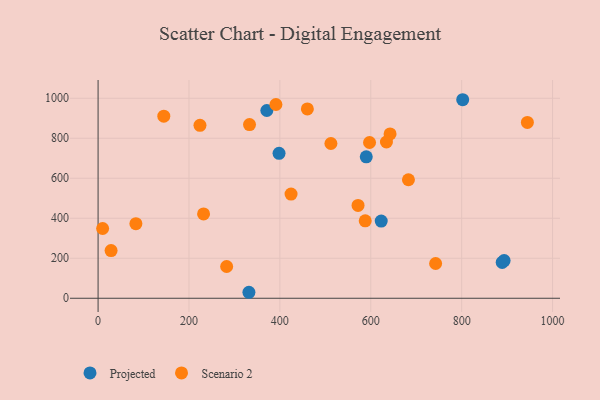
{"axis": {"x": "Ad Spend", "y": "Rating"}, "legend": ["Projected", "Scenario 2"], "data": [{"x": "889.2", "y": 179.3, "type": "Projected"}, {"x": "590.1", "y": 707.4, "type": "Projected"}, {"x": "623.0", "y": 385.8, "type": "Projected"}, {"x": "893.4", "y": 188.3, "type": "Projected"}, {"x": "371.3", "y": 939.0, "type": "Projected"}, {"x": "398.2", "y": 724.9, "type": "Projected"}, {"x": "331.9", "y": 29.9, "type": "Projected"}, {"x": "802.3", "y": 992.8, "type": "Projected"}, {"x": "144.6", "y": 910.5, "type": "Scenario 2"}, {"x": "682.9", "y": 592.6, "type": "Scenario 2"}, {"x": "333.2", "y": 868.3, "type": "Scenario 2"}, {"x": "10.0", "y": 348.7, "type": "Scenario 2"}, {"x": "587.8", "y": 387.4, "type": "Scenario 2"}, {"x": "28.6", "y": 238.6, "type": "Scenario 2"}, {"x": "391.3", "y": 969.0, "type": "Scenario 2"}, {"x": "460.5", "y": 946.9, "type": "Scenario 2"}, {"x": "642.5", "y": 822.0, "type": "Scenario 2"}, {"x": "944.6", "y": 879.2, "type": "Scenario 2"}, {"x": "232.1", "y": 421.6, "type": "Scenario 2"}, {"x": "282.9", "y": 158.9, "type": "Scenario 2"}, {"x": "742.7", "y": 173.9, "type": "Scenario 2"}, {"x": "597.3", "y": 778.8, "type": "Scenario 2"}, {"x": "572.0", "y": 464.1, "type": "Scenario 2"}, {"x": "512.3", "y": 773.9, "type": "Scenario 2"}, {"x": "424.6", "y": 521.1, "type": "Scenario 2"}, {"x": "634.5", "y": 781.5, "type": "Scenario 2"}, {"x": "83.2", "y": 373.0, "type": "Scenario 2"}, {"x": "224.2", "y": 864.6, "type": "Scenario 2"}]}